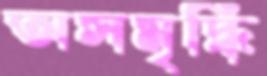
অসমৃদ্ধি